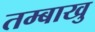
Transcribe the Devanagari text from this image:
तम्बाखु